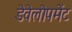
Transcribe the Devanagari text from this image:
डेवेलोपमेंट